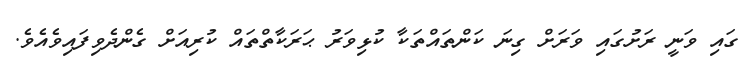
ގައި ވަނީ ރަށުގައި ވަރަށް ގިނަ ކަންތައްތަކާ ކުޅިވަރު ޙަރަކާތްތައް ކުރިއަށް ގެންދެވިފައިވެއެވެ.